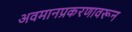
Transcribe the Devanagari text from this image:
अवमानप्रकरणावरून